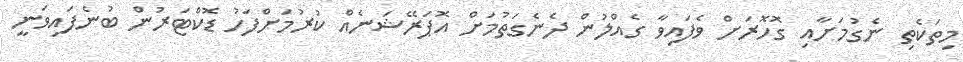
މިތަކެތި ނެގުމަށާއި ގޮހޮރަށް ވެފައިވާ ގެއްލުން ދެނެގަތުމަށް އޮޕަރޭޝަނެއް ކުރުމަށްފަހު ޑޮކްޓަރުން ބުނެފައިވަނީ